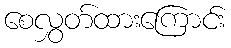
စေလွှတ်ထားကြောင်း